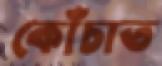
কোঁচাত